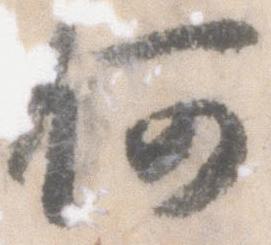
何